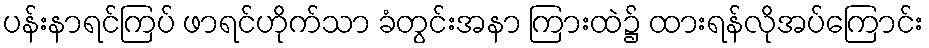
ပန်းနာရင်ကြပ် ဖာရင်ဟိုက်သာ ခံတွင်းအနာ ကြားထဲ၌ ထားရန်လိုအပ်ကြောင်း